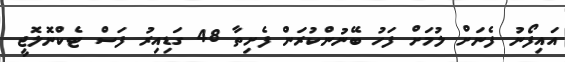
އައިފޯނު ފެނަށް ލުމަށް ފަހު ބޭނުންކުރަން ފެށިތާ 48 ގަޑިއިރު ފަސް ޓެކްނޮލޮޖީ